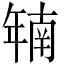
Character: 𫷜